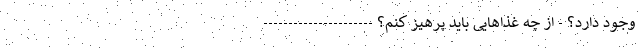
وجود دارد؟ - از چه غذاهایی باید پرهیز کنم؟ ----------------------